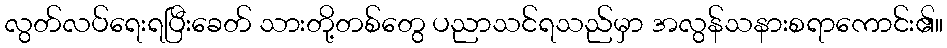
လွတ်လပ်ရေးရပြီးခေတ် သားတို့တစ်တွေ ပညာသင်ရသည်မှာ အလွန်သနားစရာကောင်း၏။